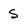
Character: S